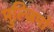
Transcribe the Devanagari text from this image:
मुल्ज़िमों